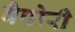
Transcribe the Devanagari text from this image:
वैपोरी